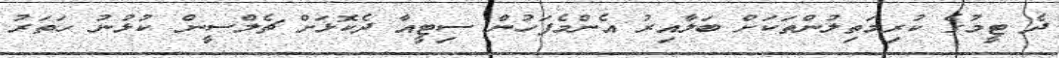
ދެ ޓީމުގެ ކުރިމަތިލުންތަކަށް ބަލާއިރު އެންމެފަހުން ސިޓީއާ ދެކޮޅަށް ޗެލްސީން ކުޅުނު ހަތަރު